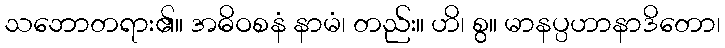
သဘောတရား၏။ အဓိဝစနံ နာမံ၊ တည်း။ ဟိ၊ စွ။ မာနပ္ပဟာနာဒိတော၊